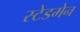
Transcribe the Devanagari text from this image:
स्टेडमेन